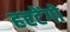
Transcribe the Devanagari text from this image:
हरटेंगो